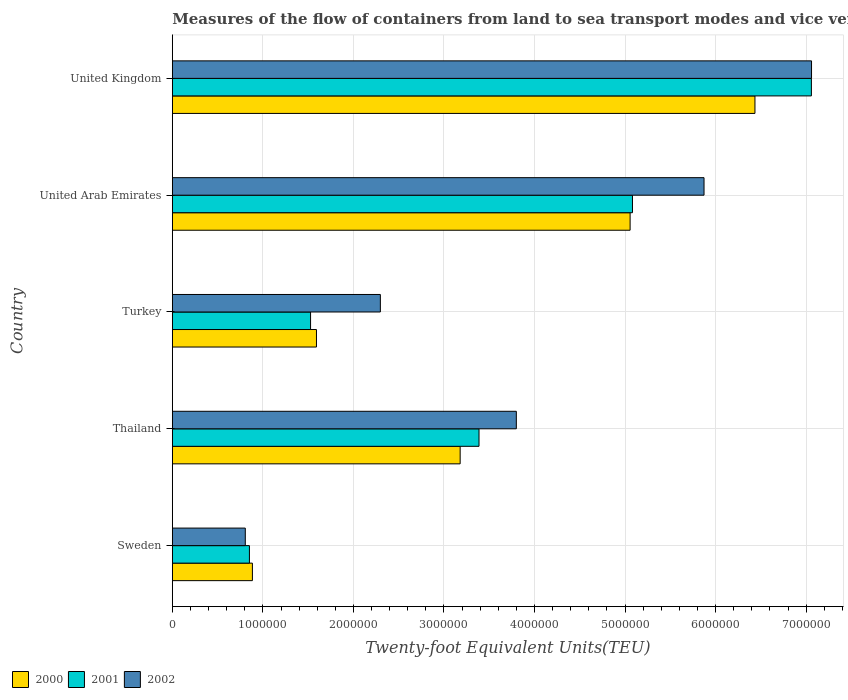
| Country | 2000 | 2001 | 2002 |
 | --- | --- | --- | --- |
 | Sweden | 8.84e+05 | 8.51e+05 | 8.06e+05 |
 | Thailand | 3.18e+06 | 3.39e+06 | 3.8e+06 |
 | Turkey | 1.59e+06 | 1.53e+06 | 2.3e+06 |
 | United Arab Emirates | 5.06e+06 | 5.08e+06 | 5.87e+06 |
 | United Kingdom | 6.43e+06 | 7.06e+06 | 7.06e+06 |